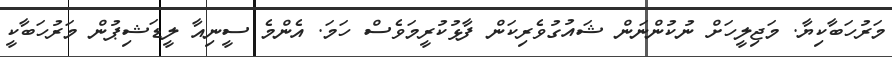
މަރުހަބާކިޔާ. މަޖިލީހަށް ނުކުންނަން ޝައުގުވެރިކަން ފާޅުކުރީމަވެސް ހަމަ. އެންމެ ސީނިއާ ލީޑަޝިޕުން މަރުހަބާކީ